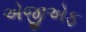
એજીએફ